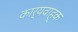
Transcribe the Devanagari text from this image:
कार्यवाह्क